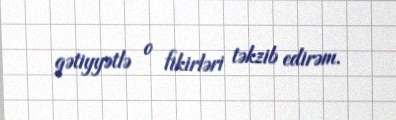
qətiyyətlə o fikirləri təkzib edirəm.